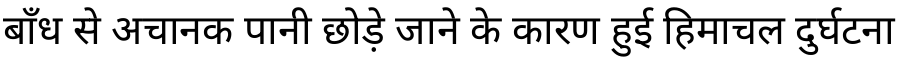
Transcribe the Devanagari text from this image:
बाँध से अचानक पानी छोड़े जाने के कारण हुई हिमाचल दुर्घटना